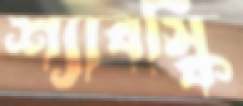
শ্যাবস্কি